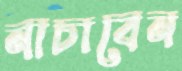
নাচাবেন